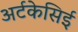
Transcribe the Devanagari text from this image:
अर्टकेसिई